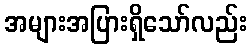
အများအပြားရှိသော်လည်း